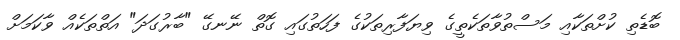
ބޮޑެތި ކުށްތަކާއި މަސްތުވާތަކެތީގެ ވިޔަފާރިތަކުގެ ފަހަތުގައި ގޮތް ނޭނގޭ "ބާރުގަދަ" އަތްތަކެއް ވާކަމަށް